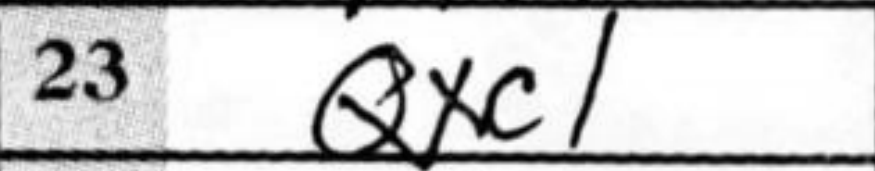
Transcription: Qxc1